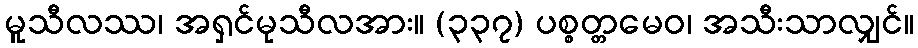
မူသီလဿ၊ အရှင်မုသီလအား။ (၃၃၇) ပစ္စတ္တမေဝ၊ အသီးသာလျှင်။